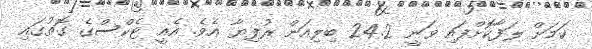
ކަމަށް ލަފާކޮށްފައި ވަނީ 24.2 ބިލިއަން ރުފިޔާ އެވެ. އެއީ ޓެކްސްގެ ގޮތުގައި